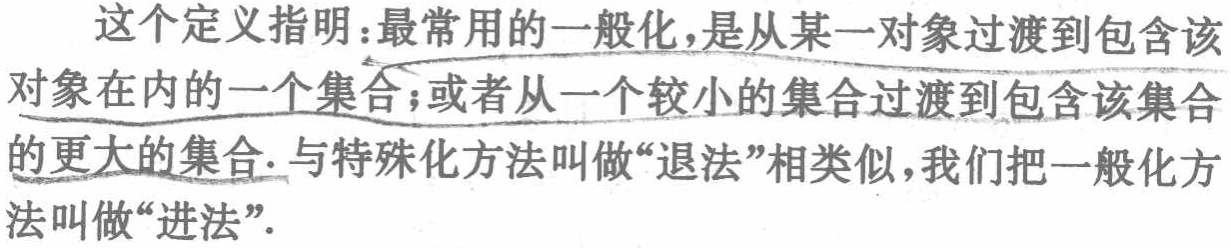
这个定义指明：最常用的一般化，是从某一对象过渡到包含该对象在内的一个集合；或者从一个较小的集合过渡到包含该集合的更大的集合. 与特殊化方法叫做“退法”相类似，我们把一般化方法叫做“进法”.